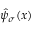
\hat { \psi } _ { \sigma } ( x )